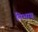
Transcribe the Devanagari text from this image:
निभाय